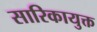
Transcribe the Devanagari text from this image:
सारिकायुक्त